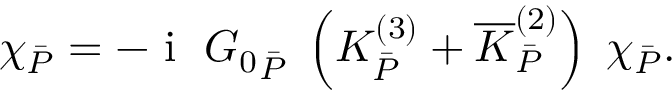
\chi _ { \bar { P } } = - \textrm { i } \; { G _ { 0 } } _ { \bar { P } } \; \left( K _ { \bar { P } } ^ { ( 3 ) } + \overline { { K } } _ { \bar { P } } ^ { ( 2 ) } \right) \; \chi _ { \bar { P } } .